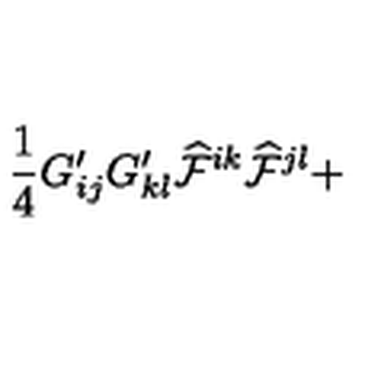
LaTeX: \frac { 1 } { 4 } G _ { i j } ^ { \prime } G _ { k l } ^ { \prime } { \cal \widehat { F } } ^ { i k } { \cal \widehat { F } } ^ { j l } +